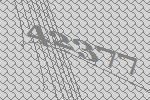
42377